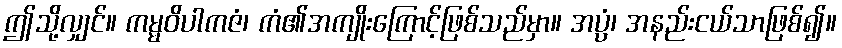
ဤသို့လျှင်။ ကမ္မဝိပါကဇံ၊ ကံ၏အကျိုးကြောင့်ဖြစ်သည်မှာ။ အပ္ပံ၊ အနည်းငယ်သာဖြစ်၍။